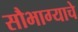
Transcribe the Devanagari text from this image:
सौभाग्याचे